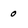
Character: 0